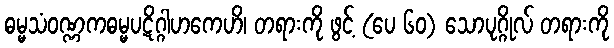
ဓမ္မသံဝဏ္ဏကဓမ္မပဋိဂ္ဂါဟကေဟိ၊ တရားကို ဖွင့် (ပေ ၆၀) သောပုဂ္ဂိုလ် တရားကို